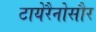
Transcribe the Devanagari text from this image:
टायेरैनोसौर